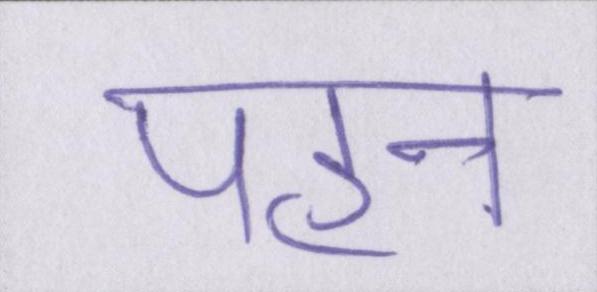
पहन